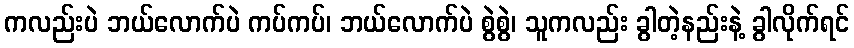
ကလည်းပဲ ဘယ်လောက်ပဲ ကပ်ကပ်၊ ဘယ်လောက်ပဲ စွဲစွဲ၊ သူကလည်း ခွါတဲ့နည်းနဲ့ ခွါလိုက်ရင်